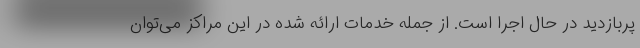
پربازدید در حال اجرا است. از جمله خدمات ارائه شده در این مراکز می‌توان